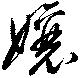
孃